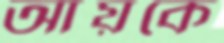
আয়কে